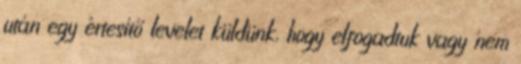
után egy értesítő levelet küldünk, hogy elfogadtuk vagy nem